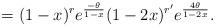
LaTeX: \begin{align*} =(1-x)^{r}e^{\frac{-\theta}{1-x}}(1-2x)^{r'}e^{\frac{4\theta}{1-2x}}.\end{align*}